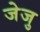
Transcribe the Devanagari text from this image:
जेजु